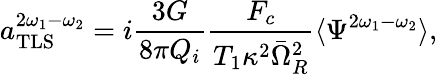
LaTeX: a_{\mathrm{TLS}}^{2\omega_{1}-\omega_{2}}=i\frac{3G}{8\pi Q_{i}}\frac{F_{c}}{T_{1}\kappa^{2}\bar{\Omega}_{R}^{2}}\langle\Psi^{2\omega_{1}-\omega_{2}}\rangle,